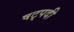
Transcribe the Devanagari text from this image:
षट्‍पदी